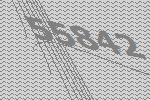
55842